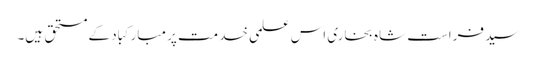
سید فراست شاہ بخاری اس علمی خدمت پر مبارکباد کے مستحق ہیں۔